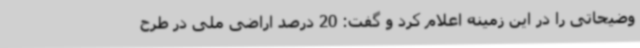
وضیحاتی را در این زمینه اعلام کرد و گفت: 20 درصد اراضی ملی در طرح